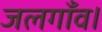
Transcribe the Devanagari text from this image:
जलगाँव।